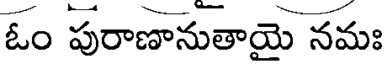
ఓం పురాణానుతాయై నమః